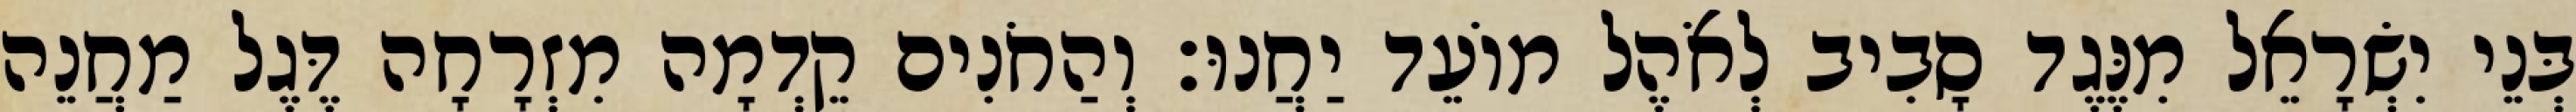
בְּנֵי יִשְׂרָאֵל מִנֶּגֶד סָבִיב לְאֹהֶל מוֹעֵד יַחֲנוּ׃ וְהַחֹנִים קֵדְמָה מִזְרָחָה דֶּגֶל מַחֲנֵה